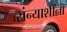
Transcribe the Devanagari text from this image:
संन्याशींना